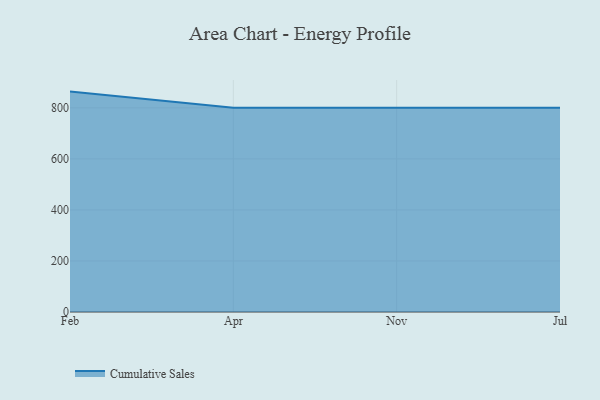
{"axis": {"x": "Month", "y": "Bounce Rate (%)"}, "legend": ["Cumulative Sales"], "data": [{"x": "Feb", "y": 863.6, "type": "Cumulative Sales"}, {"x": "Apr", "y": 800, "type": "Cumulative Sales"}, {"x": "Nov", "y": 800, "type": "Cumulative Sales"}, {"x": "Jul", "y": 800, "type": "Cumulative Sales"}]}